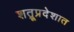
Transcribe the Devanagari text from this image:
शत्रूप्रदेशात